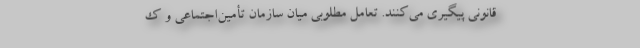
قانونی پیگیری می‌کنند. تعامل مطلوبی میان سازمان تأمین‌اجتماعی و ک